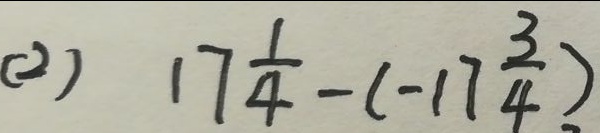
( 2 ) 1 7 \frac { 1 } { 4 } - ( - 1 7 \frac { 3 } { 4 } )